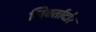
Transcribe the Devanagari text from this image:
लिबर्तादोर